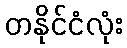
တနိုင်ငံလုံး